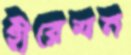
হীরেমন